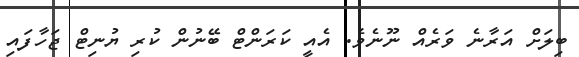
ބިލަށް އަރާނެ ވަރެއް ނޫނެވެ. އެއީ ކަރަންޓް ބޭނުން ކުރި ޔުނިޓް ޖަހާފައި